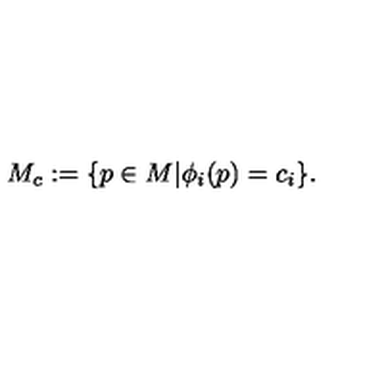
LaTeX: M _ { c } : = \{ p \in M \vert \phi _ { i } ( p ) = c _ { i } \} .